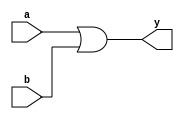
module or_gate2ip(a,b,y);
input a,b;
output y;

assign y= a|b;

endmodule